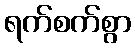
ရက်စက်စွာ